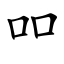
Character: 吅